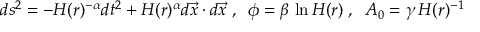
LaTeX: d s ^ { 2 } = - H ( r ) ^ { - \alpha } d t ^ { 2 } + H ( r ) ^ { \alpha } d \vec { x } \cdot d \vec { x } \; , \; \; \phi = \beta \, \ln H ( r ) \; , \; \; A _ { 0 } = \gamma \, H ( r ) ^ { - 1 }